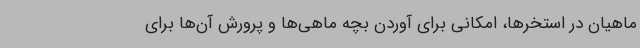
ماهیان در استخرها، امکانی برای آوردن بچه ماهی‌ها و پرورش آن‌ها برای